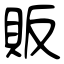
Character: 販